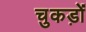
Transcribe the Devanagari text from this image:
चुकड़ों